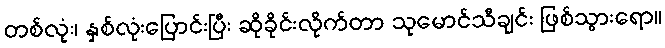
တစ်လုံး၊ နှစ်လုံးပြောင်းပြီး ဆိုခိုင်းလိုက်တာ သုမောင်သီချင်း ဖြစ်သွားရော။